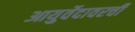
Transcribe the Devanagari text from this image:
आयुर्वेदावरची